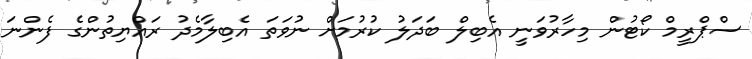
ސްޕްރީމް ކޯޓުން މިހާރުވަނީ އެބިލް ބަދަލު ކުރުމަށް ނުވަތަ އެބިލާމެދު ރައްޔިތުންގެ ފެންނަ